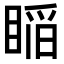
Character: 𥈺